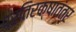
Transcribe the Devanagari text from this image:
प्रतिरक्षातंत्र